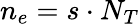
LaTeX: n_{e}=s\cdot N_{T}